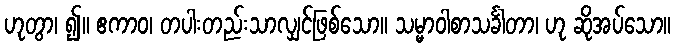
ဟုတွာ၊ ၍။ ဧကာဝ၊ တပါးတည်းသာလျှင်ဖြစ်သော။ သမ္မာဝါစာသင်္ခါတာ၊ ဟု ဆိုအပ်သော။